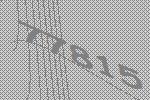
77815